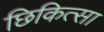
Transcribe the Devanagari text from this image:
छिकित्सा